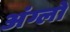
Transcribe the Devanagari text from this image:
अंग्लो